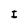
Character: I